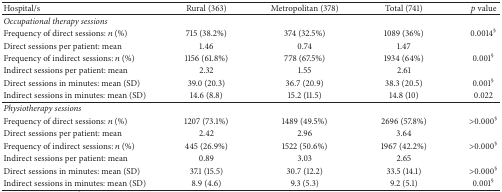
| Hospital/s | Rural (363) | Metropolitan (378) | Total (741) | p value |
 | --- | --- | --- | --- | --- |
 | Occupational therapy sessions |  |  |  |  |
 | Frequency of direct sessions: n (%) | 715 (38.2%) | 374 (32.5%) | 1089 (36%) | 0.0014§ |
 | Direct sessions per patient: mean | 1.46 | 0.74 | 1.47 |  |
 | Frequency of indirect sessions: n (%) | 1156 (61.8%) | 778 (67.5%) | 1934 (64%) | 0.001§ |
 | Indirect sessions per patient: mean | 2.32 | 1.55 | 2.61 |  |
 | Direct sessions in minutes: mean (SD) | 39.0 (20.3) | 36.7 (20.9) | 38.3 (20.5) | 0.001§ |
 | Indirect sessions in minutes: mean (SD) | 14.6 (8.8) | 15.2 (11.5) | 14.8 (10) | 0.022 |
 | Physiotherapy sessions |  |  |  |  |
 | Frequency of direct sessions: n (%) | 1207 (73.1%) | 1489 (49.5%) | 2696 (57.8%) | >0.000§ |
 | Direct sessions per patient: mean | 2.42 | 2.96 | 3.64 |  |
 | Frequency of indirect sessions: n (%) | 445 (26.9%) | 1522 (50.6%) | 1967 (42.2%) | >0.000§ |
 | Indirect sessions per patient: mean | 0.89 | 3.03 | 2.65 |  |
 | Direct sessions in minutes: mean (SD) | 37.1 (15.5) | 30.7 (12.2) | 33.5 (14.1) | >0.000§ |
 | Indirect sessions in minutes: mean (SD) | 8.9 (4.6) | 9.3 (5.3) | 9.2 (5.1) | 0.001§ |